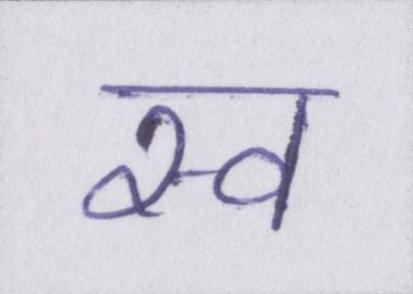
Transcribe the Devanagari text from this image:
स्व